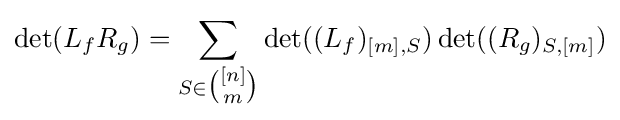
\det(L_{f}R_{g})=\sum _{S\in {\tbinom {[n]}{m}}}\det((L_{f})_{[m],S})\det((R_{g})_{S,[m]})